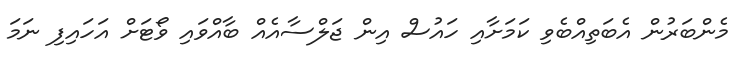
މެންބަރުން އެބަތިއްބެވި ކަމަށާއި ހައުސް އިން ޖަލްސާއެއް ބާއްވައި ވޯޓަށް އަހައިފި ނަމަ